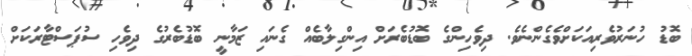
ބޮޑު ހުނަރުވެރިއަކަށްވެގެންނެވެ. ދިވެހިންގެ ބޮޑުބެރަށް އިންގިލާބެއް ގެނައި ޒަމާނީ ބޮޑުބެރުގެ ދިވެހި ސުޕަސްޓާރަކަށް